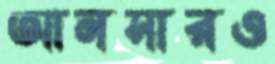
আনসারও